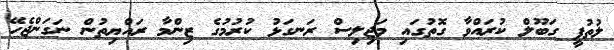
ލުތުފީ ގަބޫލް ކުރައްވާ ގޮތުގައި މަޖިލިސް ރަނގަޅު ކުރުމުގެ ޒިންމާ ރައްޔިތުން ނަގަންޖެހޭ